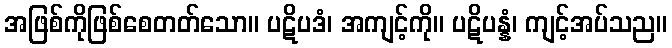
အဖြစ်ကိုဖြစ်စေတတ်သော။ ပဋိပဒံ၊ အကျင့်ကို။ ပဋိပန္နံ၊ ကျင့်အပ်သည။